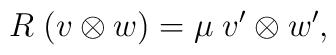
R \; ( v \otimes w ) = \mu \; v'\otimes w' ,